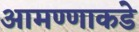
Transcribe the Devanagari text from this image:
आमण्णाकडे